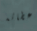
إعطائه